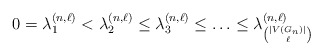
\begin{align*}0 = \lambda_1^{(n,\ell)} < \lambda_2^{(n, \ell)} \leq \lambda_3^{(n, \ell)} \leq \ldots \leq \lambda_{\binom{|V(G_n)|}{\ell}}^{(n, \ell)}\end{align*}